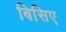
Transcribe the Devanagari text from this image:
बिसिए